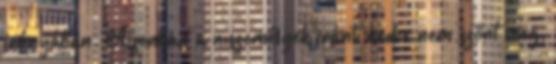
irányában. Azonban a nıszemélyek iránti kedve nem szőnt meg,